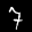
Label: 7